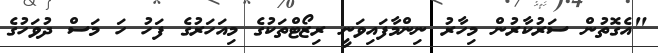
"އެގޮތުން ސަރުކާރުން މިހާރު ނިންމާފައިވަނީ ރިޒޯޓްތަކުގެ މިއަހަރުގެ ފަހު ހަ މަސް ދުވަހުގެ